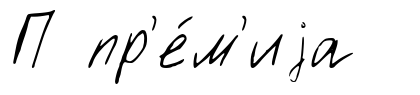
П пр'е́м'иjа